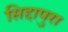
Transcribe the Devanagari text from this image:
सिद्दापुरा